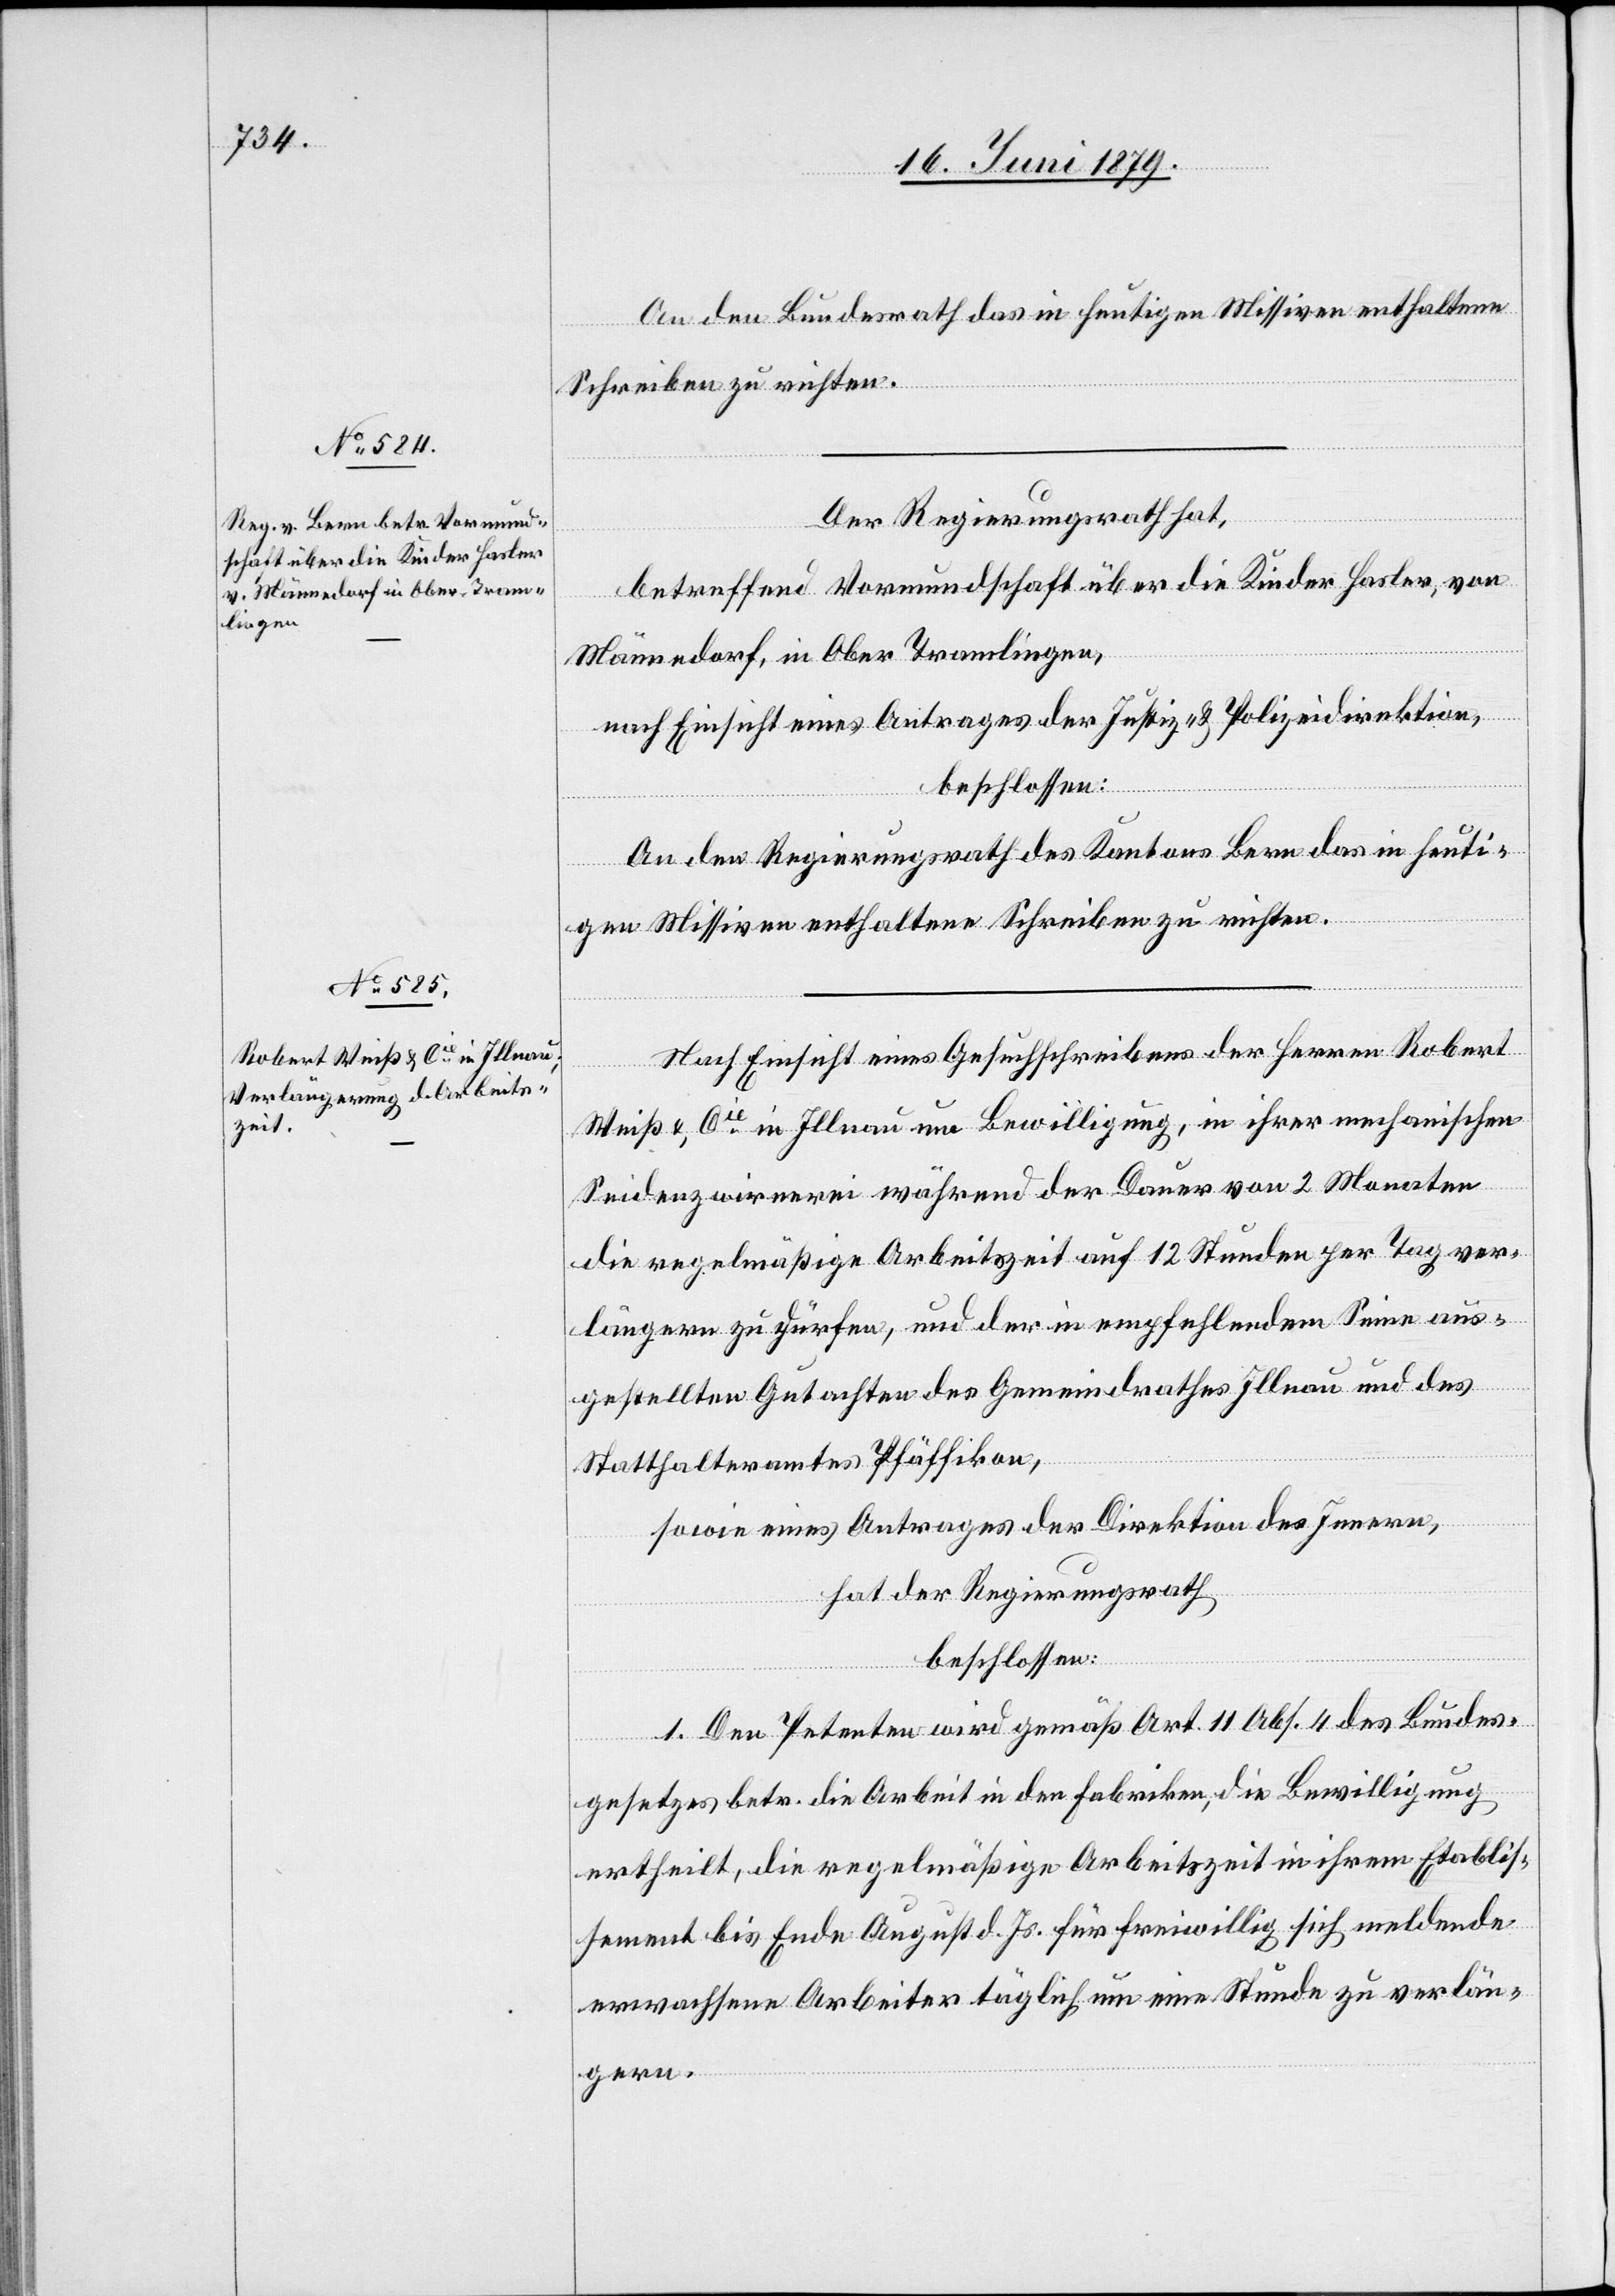
18. Juni 1879.]
An den Bundesrath das in heutigen Missiven enthaltene
Schreiben zu richten.
Der Regierungsrath hat,
betreffend Vormundschaft über die Kinder Hasler, von
Männedorf, in Ober[-]Tramlingen,
nach Einsicht eines Antrages der Justiz- & Polizeidirektion,
beschlossen:
An den Regierungsrath des Kantons Bern das in heuti¬
gen Missiven enthaltene Schreiben zu richten.
Nach Einsicht eines Gesuchschreibens der Herren Robert
Weiß & Cie in Illnau um Bewilligung, in ihrer mechanischen
Seidenzwirnerei während der Dauer von 2 Monaten
die regelmäßige Arbeitszeit auf 12 Stunden per Tag ver¬
längern zu dürfen, und der in empfehlendem Sinne aus¬
gestellten Gutachten des Gemeindrathes Illnau und des
Statthalteramtes Pfäffikon,
sowie eines Antrages der Direktion des Innern,
hat der Regierungsrath
beschlossen:
1. Den Petenten wird gemäß Art. 11 Abs. 4 des Bundes¬
gesetzes betr. die Arbeit in den Fabriken, die Bewilligung
ertheilt, die regelmäßige Arbeitszeit in ihrem Etablis¬
sement bis Ende August d. Js. für freiwillig sich meldende
erwachsene Arbeiter täglich um eine Stunde zu verlän¬
gern.